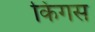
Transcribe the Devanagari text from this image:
किंगस